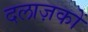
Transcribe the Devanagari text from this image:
दलाज़कों